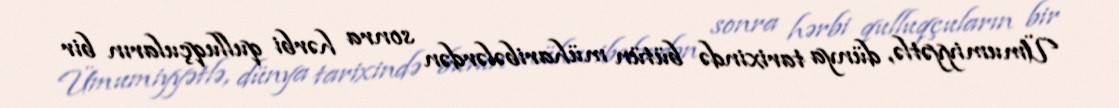
Ümumiyyətlə, dünya tarixində bütün müharibələrdən sonra hərbi qulluqçuların bir